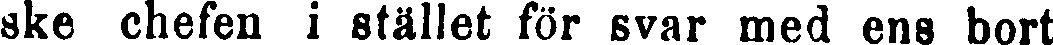
ske chefen i stället för svar med ens bort